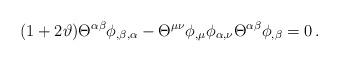
LaTeX: \begin{align*}(1+2 \vartheta) {\Theta}^{\alpha\beta}\phi_{,\beta,\alpha}-{\Theta}^{\mu\nu}\phi_{,\mu} \phi_{\alpha,\nu}{\Theta}^{\alpha \beta} \phi_{,\beta}=0 \, . \end{align*}